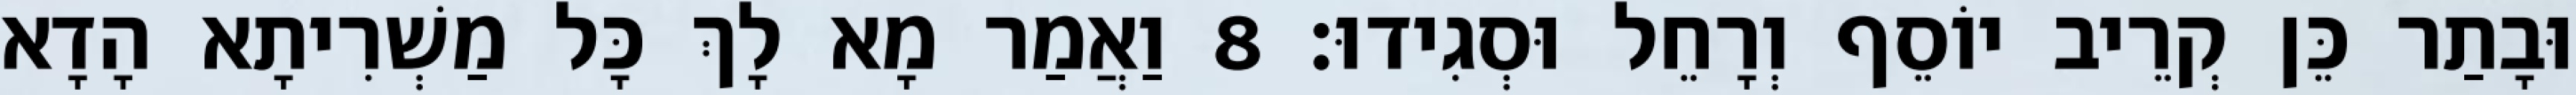
וּבָתַר כֵּן קְרֵיב יוֹסֵף וְרָחֵל וּסְגִידוּ׃ 8 וַאֲמַר מָא לָךְ כָּל מַשְׁרִיתָא הָדָא